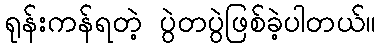
ရုန်းကန်ရတဲ့ ပွဲတပွဲဖြစ်ခဲ့ပါတယ်။